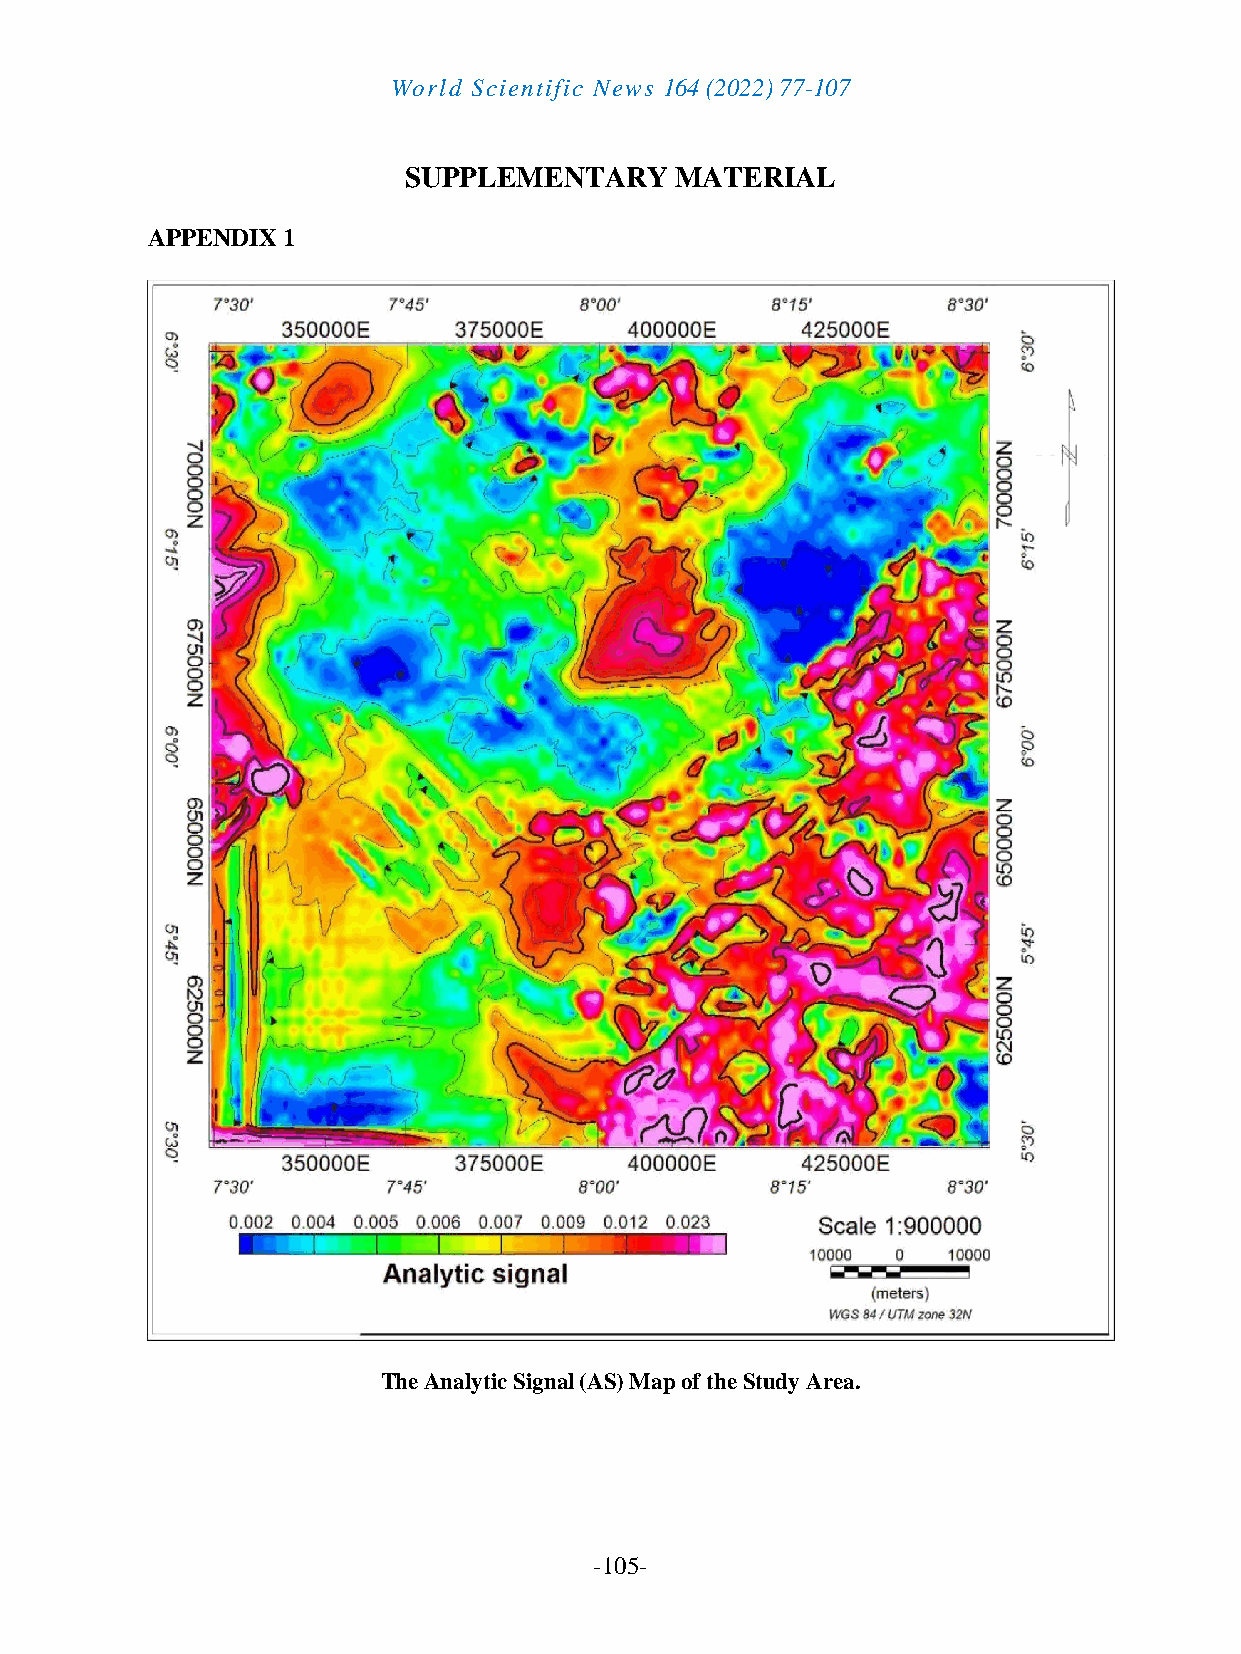
World Scientific News 164 (2022) 77-107
 SUPPLEMENTARY     MATERIAL
 APPENDIX 1
 The Analytic Signal (AS) Map of the Study Area.
 -105-